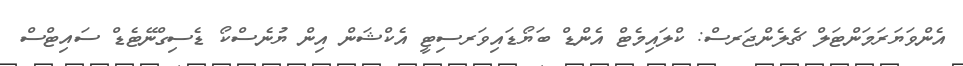
އެންވަޔަރަމަންޓަލް ޗެލެންޖަރސް: ކްލައިމެޓް އެންޑް ބަޔޯޑައިވަރސިޓީ އެކްޝަން އިން ޔުނެސްކޯ ޑެސިގްނޭޓެޑް ސައިޓްސް